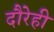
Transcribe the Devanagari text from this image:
दौरेही